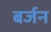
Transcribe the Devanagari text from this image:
बर्जन